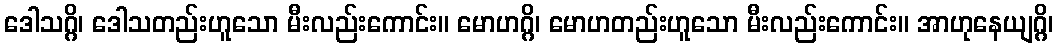
ဒေါသဂ္ဂိ၊ ဒေါသတည်းဟူသော မီးလည်းကောင်း။ မောဟဂ္ဂိ၊ မောဟတည်းဟူသော မီးလည်းကောင်း။ အာဟုနေယျဂ္ဂိ၊